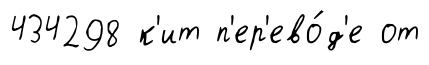
434298 к'ит п'ер'ево́д'е от